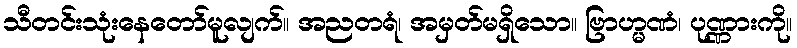
သီတင်းသုံးနေတော်မူလျက်။ အညတရံ၊ အမှတ်မရှိသော။ ဗြာဟ္မဏံ၊ ပုဏ္ဏားကို။